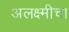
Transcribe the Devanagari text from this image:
अलक्ष्मीचा